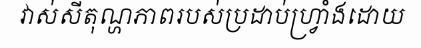
វាស់សីតុណ្ហភាពរបស់ប្រដាប់ហ្វ្រាំងដោយ